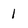
Character: l